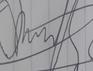
Signature authenticity: forged